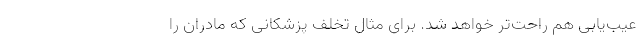
عیب‌یابی هم راحت‌تر خواهد شد. برای مثال تخلف پزشکانی که مادران را